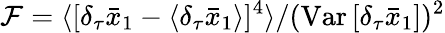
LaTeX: \mathcal{F}=\langle[\delta_{\tau}\bar{{x}}_{1}-\langle\delta_{\tau}\bar{{x}}_{1}\rangle]^{4}\rangle/(\mathrm{{Var}}\, [\delta_{\tau}\bar{{x}}_{1}])^{2}